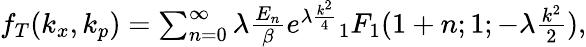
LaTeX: \begin{array}{r}{f_{T}(k_{x},k_{p})=\sum_{n=0}^{\infty}\lambda\frac{E_{n}}{\beta}e^{\lambda\frac{k^{2}}{4}}{_1F_{1}}(1+n;1;-\lambda\frac{k^{2}}{2}),}\end{array}